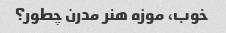
خوب، موزه هنر مدرن چطور؟